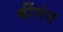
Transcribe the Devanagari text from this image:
श्रींमंत